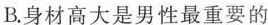
B.身材高大是男性最重要的